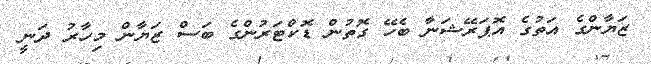
ޒަޔާންގެ އަތުގެ އޮޕަރޭޝަނާ ބެހޭ ގޮތުން ޑޮކްޓަރުންގެ ބަސް ޒަޔާން މިހާރު ދަނީ